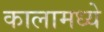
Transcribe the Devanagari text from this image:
कालामध्ये